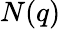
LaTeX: N(q)